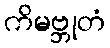
ကိမဗ္ဘုတံ